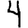
Digit: 4